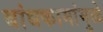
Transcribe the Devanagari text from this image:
बांधकामांमुळे